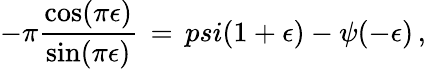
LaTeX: -\pi{\frac{\cos(\pi\epsilon)}{\sin(\pi\epsilon)}}\, =\, psi(1+\epsilon)-\psi(-\epsilon)\, ,